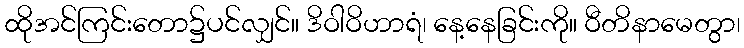
ထိုအင်ကြင်းတော၌ပင်လျှင်။ ဒိဝါဝိဟာရံ၊ နေ့နေခြင်းကို။ ဝီတိနာမေတွာ၊